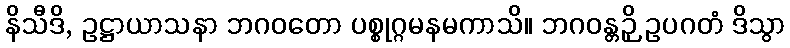
နိသီဒိ, ဥဋ္ဌာယာသနာ ဘဂဝတော ပစ္စုဂ္ဂမနမကာသိ။ ဘဂဝန္တဉှိ ဥပဂတံ ဒိသွာ